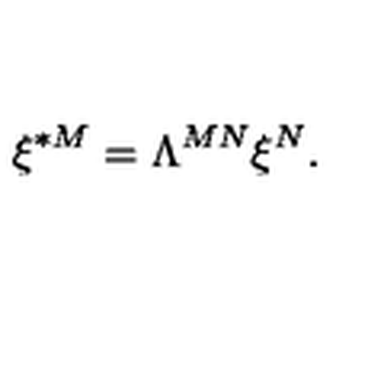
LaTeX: \xi ^ { * M } = \Lambda ^ { M N } \xi ^ { N } .